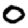
Digit: 0